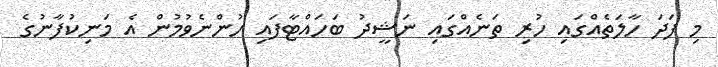
މި ފަދަ ހާލަތެއްގައި ހުރި ތަނެއްގައި ނަޝީދު ބަހައްޓާފައި ހުންނެވުމުން އެ މަނިކުފާނުގެ